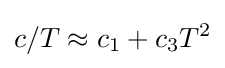
c/T\approx c_{1}+c_{3}T^{2}